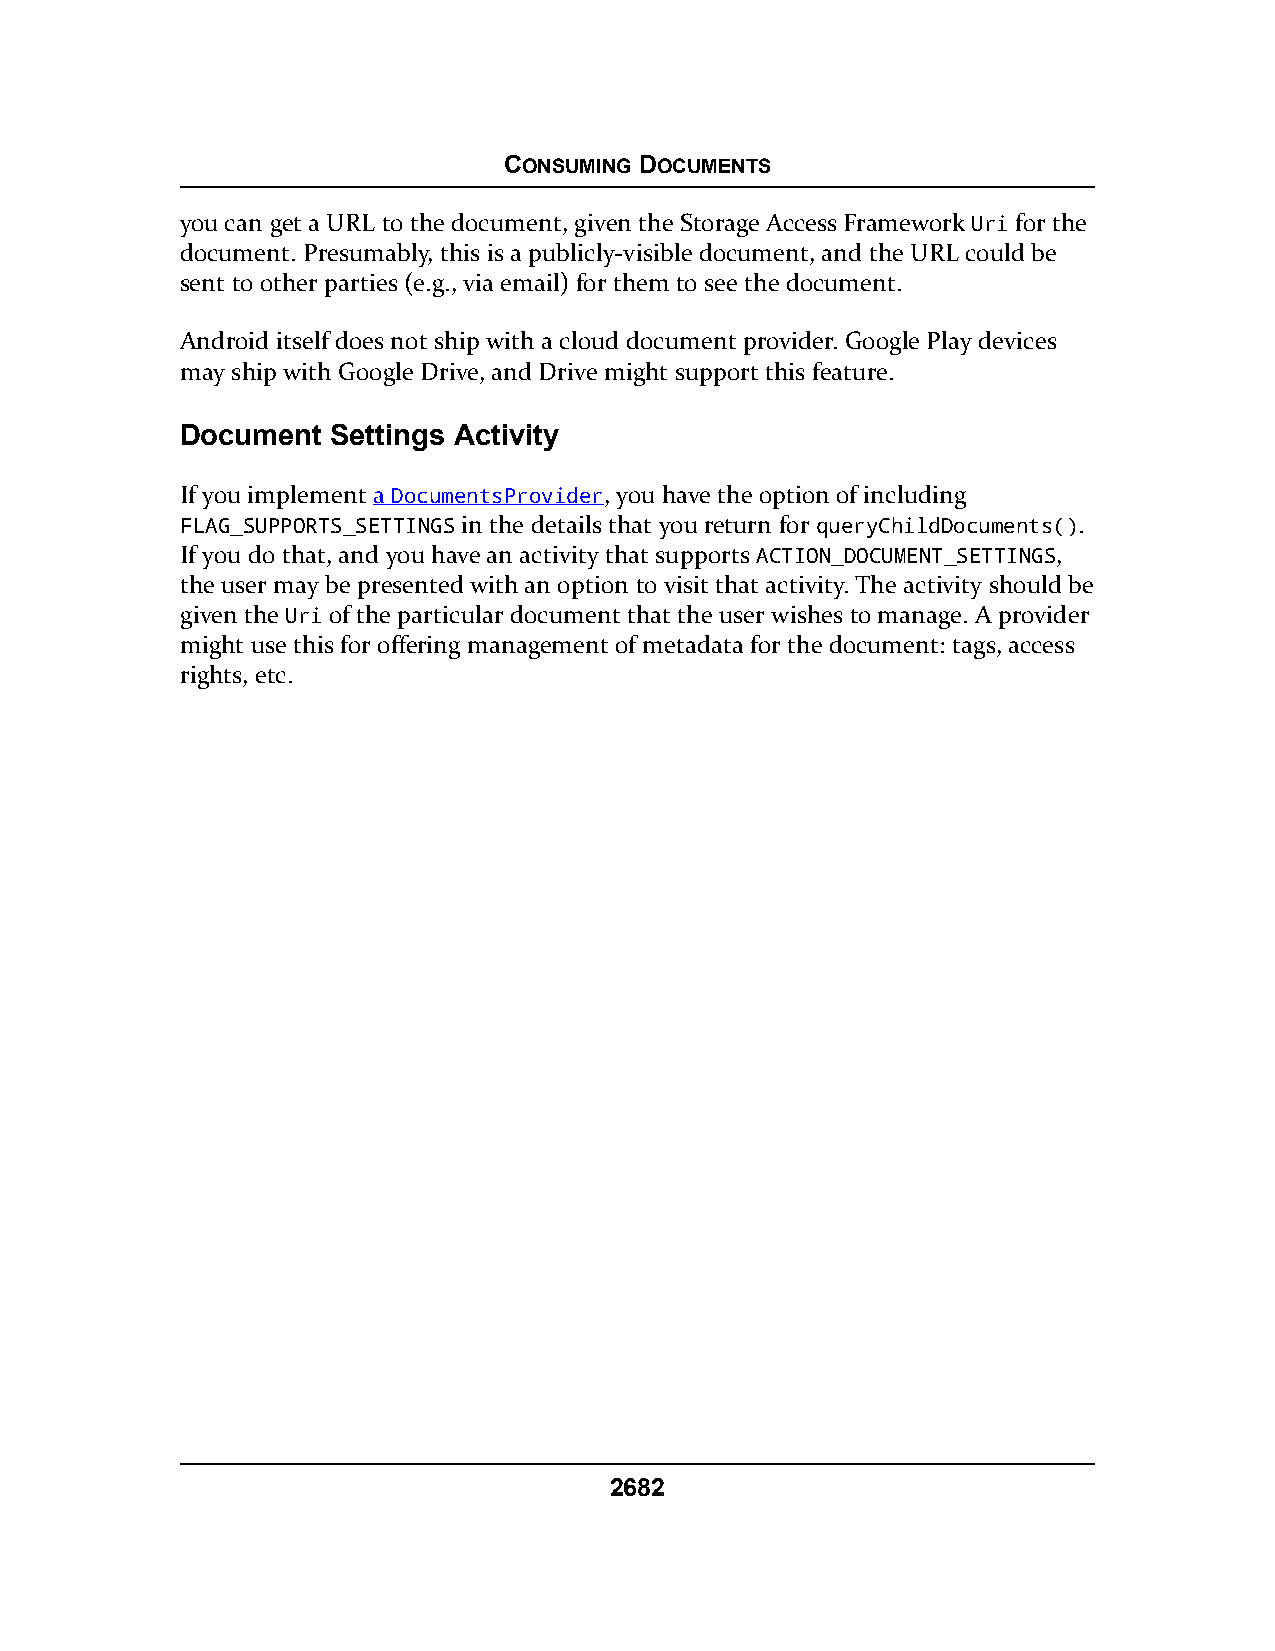
CONSUMING DOCUMENTS
 you can get a URL to the document, given the Storage Access Framework Uri for the
 document. Presumably, this is a publicly-visible document, and the URL could be
 sent to other parties (e.g., via email) for them to see the document.
 Android itself does not ship with a cloud document provider. Google Play devices
 may ship with Google Drive, and Drive might support this feature.
 Document  Settings Activity
 If you implement a DocumentsProvider, you have the option of including
 FLAG_SUPPORTS_SETTINGS in the details that you return for queryChildDocuments().
 If you do that, and you have an activity that supports ACTION_DOCUMENT_SETTINGS,
 the user may be presented with an option to visit that activity. The activity should be
 given the Uri of the particular document that the user wishes to manage. A provider
 might use this for offering management of metadata for the document: tags, access
 rights, etc.
 2682